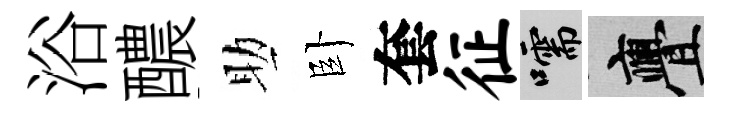
浴醲助卧套征嚅亹